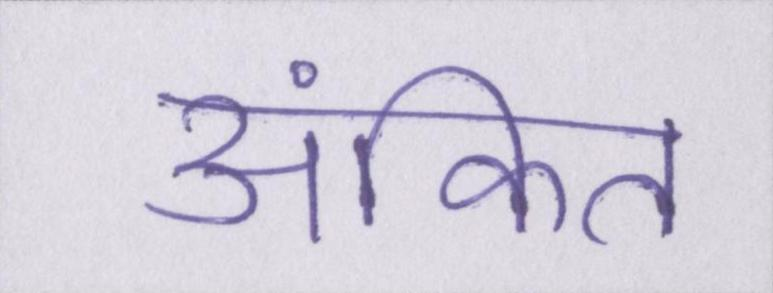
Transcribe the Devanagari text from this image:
अंकित